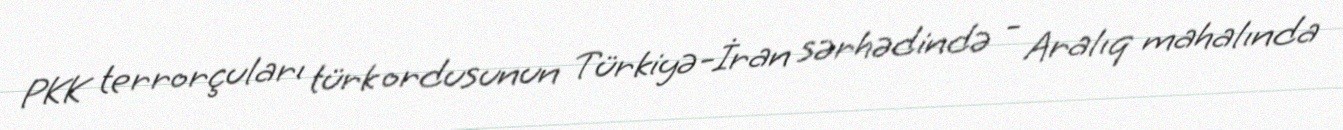
PKK terrorçuları türk ordusunun Türkiyə-İran sərhədində - Aralıq mahalında